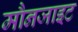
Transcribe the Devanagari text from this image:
मौनजाइट